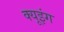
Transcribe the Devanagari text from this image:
क्यूइंग